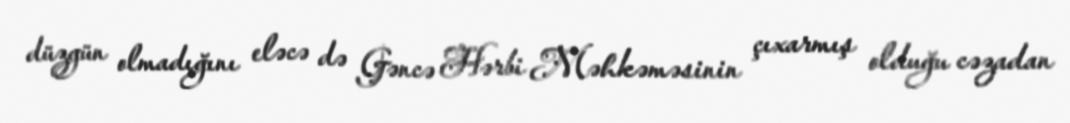
düzgün olmadığını eləcə də Gəncə Hərbi Məhkəməsinin çıxarmış olduğu cəzadan